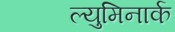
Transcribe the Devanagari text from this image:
ल्युमिनार्क